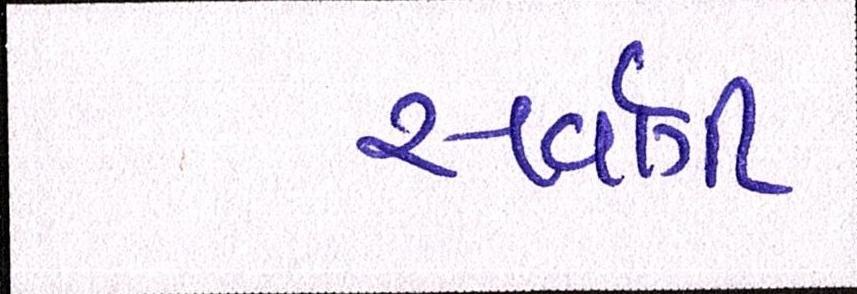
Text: સર્વાગી